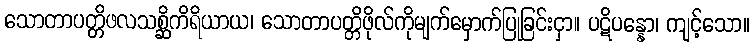
သောတာပတ္တိဖလသစ္ဆိကိရိယာယ၊ သောတာပတ္တိဖိုလ်ကိုမျက်မှောက်ပြုခြင်းငှာ။ ပဋိပန္နော၊ ကျင့်သော။